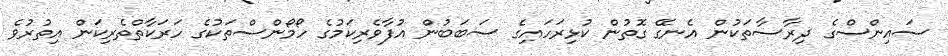
ސައިންސްގެ ދިރާސާތަކުން އެނގޭ ގޮތުން ކުޅިރަހައިގެ ސަބަބުން އުފާވެރިކަމުގެ ހޯމޯންސްތަކުގެ ހަރަކާތްތެރިކަން އިތުރުވެ